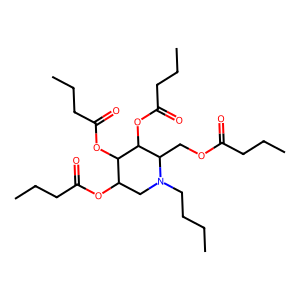
SMILES: CCCCN1CC(OC(=O)CCC)C(OC(=O)CCC)C(OC(=O)CCC)C1COC(=O)CCC
Inhibits HIV replication: No